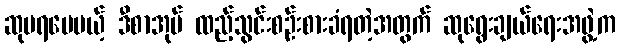
ဆုမရပေမယ့် ဒီစာအုပ် ထည့်သွင်းစဉ်းစားခံရတဲ့အတွက် ဆုရွေးချယ်ရေးအဖွဲ့က